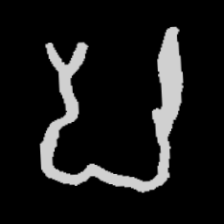
Pyu character \u2014 Myanmar letter: ပ (romanized: pa)